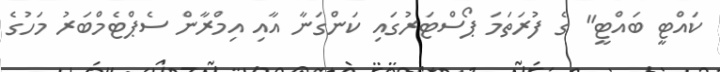
ކައްޓީ ބައްޓީ" ގެ ފުރަތަމަ ޕޯސްޓަރުގައި ކަންގަނާ އާއި އިމްރާން ސެޕްޓެމްބަރު މަހުގެ